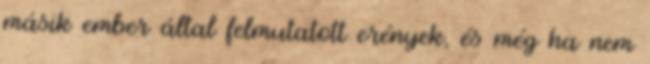
másik ember által felmutatott erények, és még ha nem